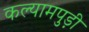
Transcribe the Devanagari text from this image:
कल्यामपुड़ी